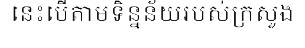
នេះបើតាមទិន្នន័យរបស់ក្រសួង